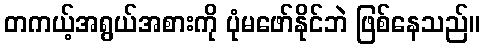
တကယ့်အရွယ်အစားကို ပုံမဖော်နိုင်ဘဲ ဖြစ်နေသည်။